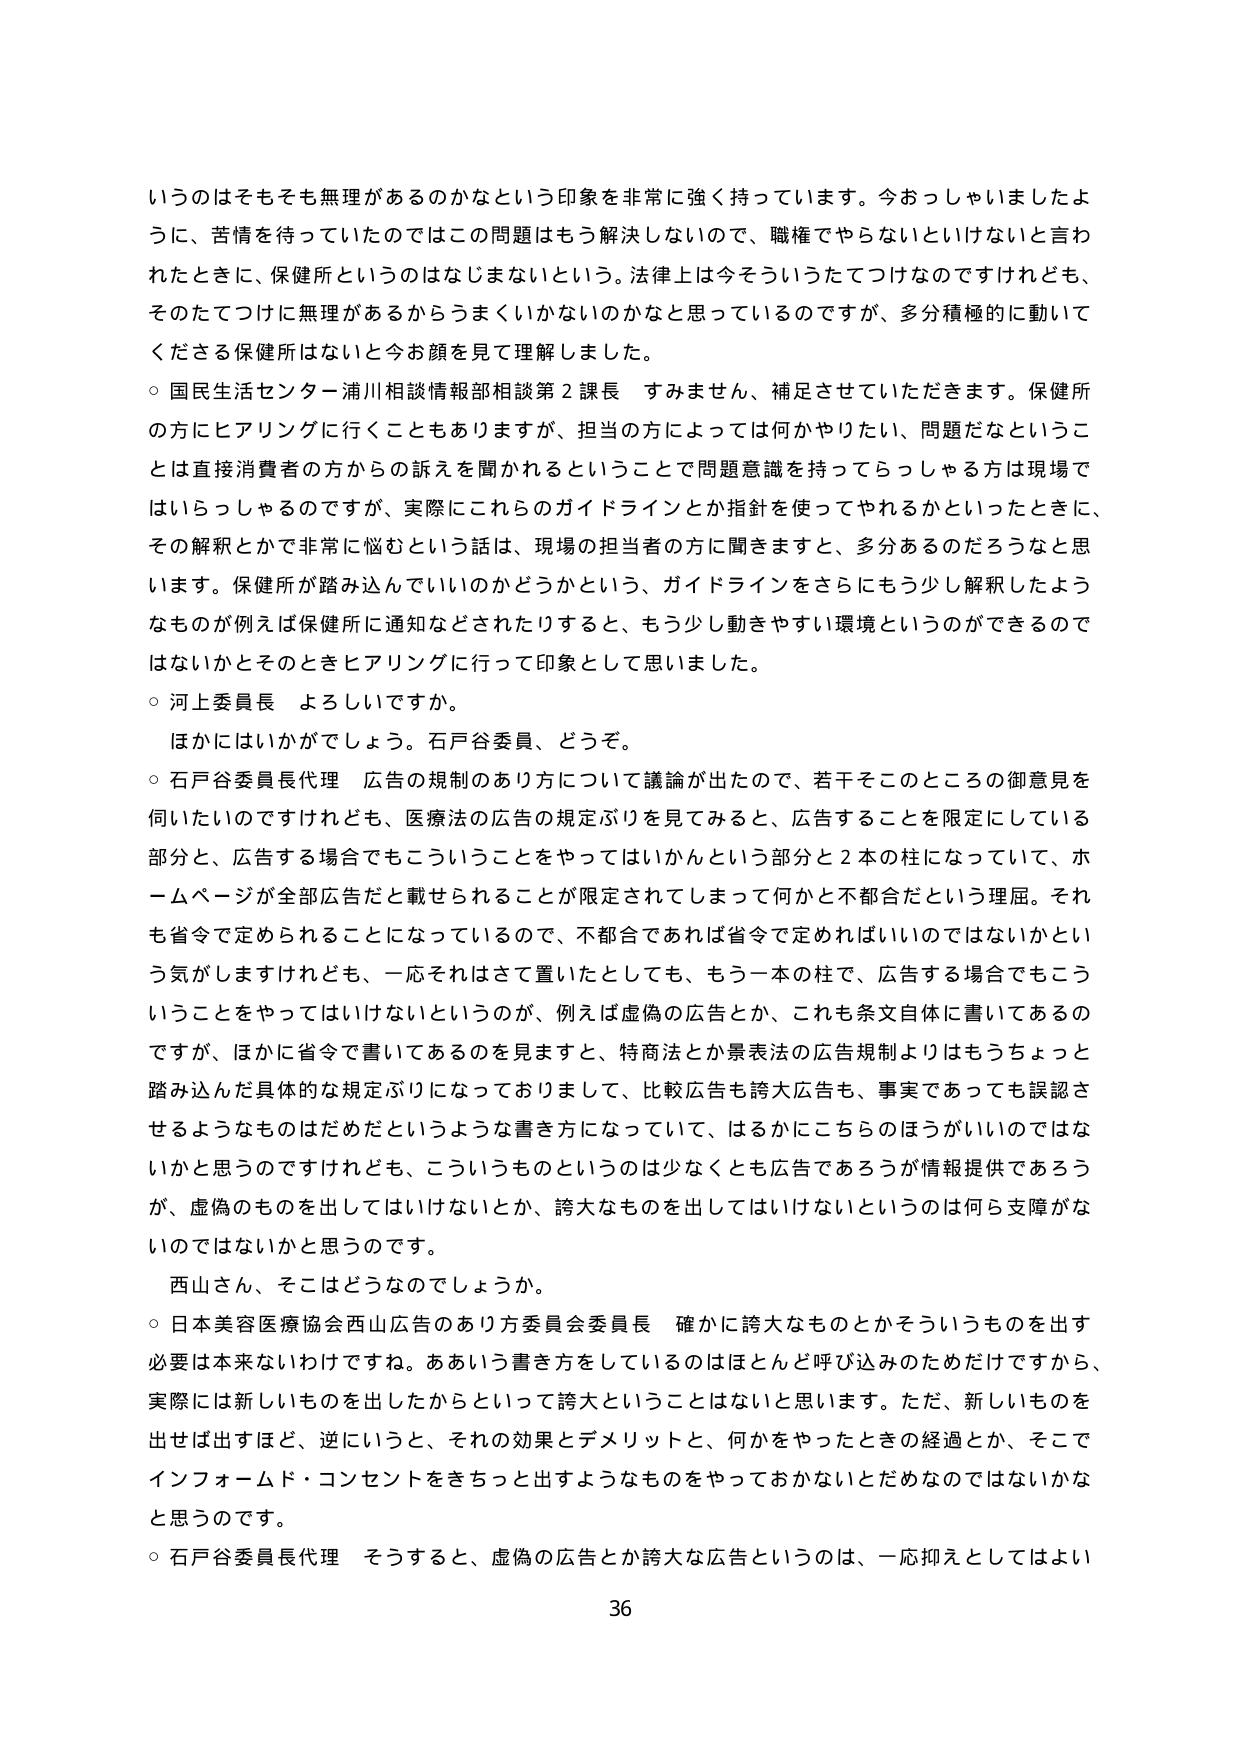
いうのはそもそも無理があるのかなという印象を非常に強く持っています。今おっしゃいましたように、苦情を待っていたのではこの問題はもう解決しないので、職権でやらないといけないと言われたときに、保健所というのはなじまないという。法律上は今そういうたてつけなのですけれども、そのたてつけに無理があるからうまくいかないのかなと思っているのですが、多分積極的に動いてくださる保健所はないと今お顔を見て理解しました。

○ 国民生活センター浦川相談情報部相談第2課長 すみません、補足させていただきます。保健所の方にヒアリングに行くこともありますますが、担当の方によっては何かやりたい、問題だなということは直接消費者の方からの訴えを聞かれるということで問題意識を持ってらっしゃる方は現場ではいらっしゃるのですが、実際にこれらのガイドラインとか指針を使ってやれるかといったときに、その解釈とかで非常に悩むという話は、現場の担当者の方に聞きますと、多分あるのだろうなと思います。保健所が踏み込んでいいのかどうかという、ガイドラインをさらにもう少し解釈したようなものが例えば保健所に通知などされたりすると、もう少し動きやすい環境というができるのではないかとそのときヒアリングに行って印象として思いました。

○ 河上委員長 よろしいですか。
　ほかにはいかがでしょう。石戸谷委員、どうぞ。

○ 石戸谷委員長代理 広告の規制のあり方について議論が出たので、若干そこのところの御意見を伺いたいのですけれども、医療法の広告の規定ぶりを見てみると、広告することを限定している部分と、広告する場合でもこういうことをやってはいかんという部分と2本の柱になっていて、ホームページが全部広告だと載せられることが限定されてしまって何かと不都合だという理屈。それも省令で定められることになっているので、不都合であれば省令で定めればいいのではないかという気がしますけれども、一応それはさて置いたとしても、もう一本の柱で、広告する場合でもこういうことをやってはいけないというのが、例えば虚偽の広告とか、これも条文自体に書いてあるのですが、ほかに省令で書いてあるのを見ますと、特商法とか景表法の広告規制よりはもうちょっと踏み込んだ具体的な規定ぶりになっておりまして、比較広告も誇大広告も、事実であっても誤認させるようなものはだめだというような書き方になっていて、はるかにこちらのほうがいいのではないかと思うのですけれども、こういうものというのは少なくとも広告であろうが情報提供であろうが、虚偽のものを出してはいけないとか、誇大なものを出してはいけないというのは何ら支障がないのではないかと思うのです。

　西山さん、そこはどうなのでしょうか。

○ 日本美容医療協会西山広告のあり方委員会委員長 確かに誇大なものとかそういうものを出す必要は本来ないわけですね。ああいう書き方をしているのはほとんど呼び込みのためだけですから、実際には新しいものを出したからといって誇大ということはないと思います。ただ、新しいものを出せば出すほど、逆にいうと、それの効果とデメリットと、何かをやったときの経過とか、そこでインフォームド・コンセントをきちっと出すようなものをやっておかないとだめなのではないかなと思うのです。

○ 石戸谷委員長代理 そうすると、虚偽の広告とか誇大な広告というのは、一応抑えとしてはよい

36